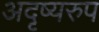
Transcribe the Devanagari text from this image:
अदृष्यरुप